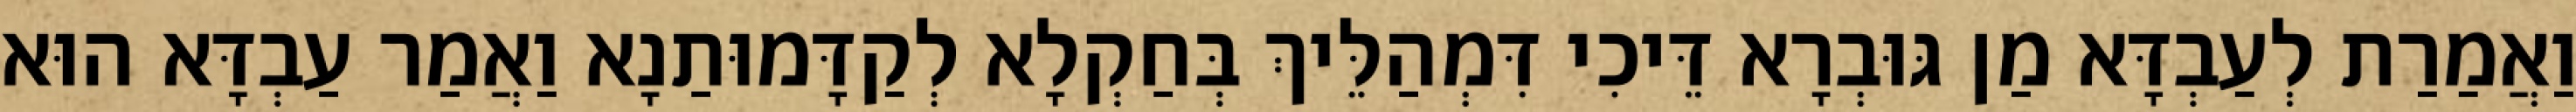
וַאֲמַרַת לְעַבְדָּא מַן גּוּבְרָא דֵּיכִי דִּמְהַלֵּיךְ בְּחַקְלָא לְקַדָּמוּתַנָא וַאֲמַר עַבְדָּא הוּא